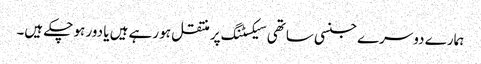
ہمارے دوسرے جنسی ساتھی سیکسٹنگ پر منتقل ہو رہے ہیں یا دور ہو چکے ہیں۔